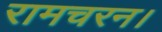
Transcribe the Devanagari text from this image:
रामचरन।